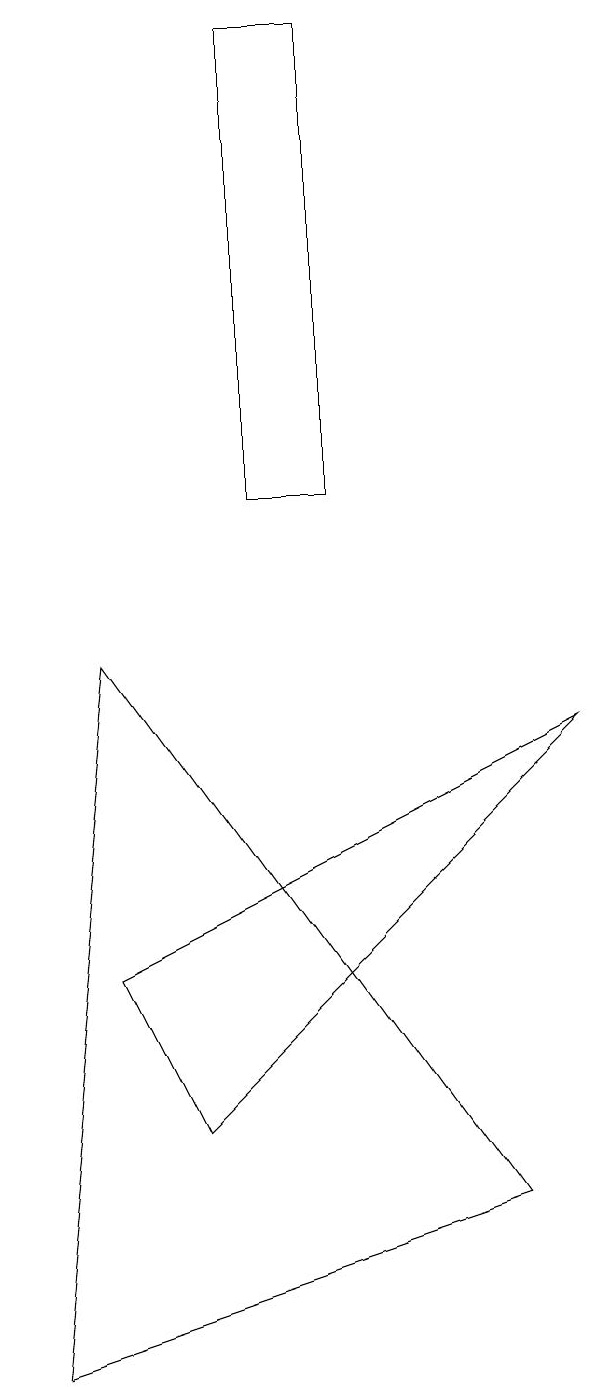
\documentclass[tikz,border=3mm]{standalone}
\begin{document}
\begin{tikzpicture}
\draw (5,17) rectangle (6,11);
\draw (2,0) -- (8,2) -- (3,9) -- cycle;
\draw (3,5) -- (9,8) -- (4,3) -- cycle;
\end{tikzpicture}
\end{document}